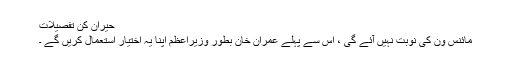
حیران کُن تفصیلات
مائنس ون کی نوبت نہیں آئے گی ، اس سے پہلے عمران خان بطور وزیراعظم اپنا یہ اختیار استعمال کریں گے ۔